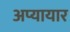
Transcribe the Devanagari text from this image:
अप्यायार